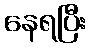
နေရပြီး